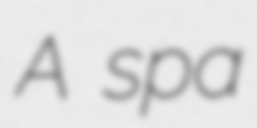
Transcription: A spa